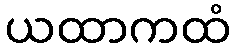
ယထာကထံ